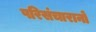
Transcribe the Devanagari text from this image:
परिसंचारानों